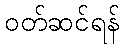
ဝတ်ဆင်ရန်